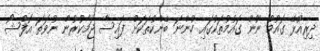
ދިރިއުޅޭ ގައުމު ނޫން ގައުމުތަކުގައި ހުންނަ ބޭންކުތަކަށް ފައިސާ ޖަމާކުރުން ނުވަތަ އޮފްޝޯ